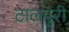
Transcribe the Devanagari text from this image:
टालपुरी